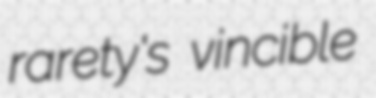
rarety's vincible